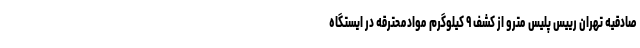
صادقیه تهران رییس پلیس مترو از کشف ۹ کیلوگرم موادمحترقه در ایستگاه